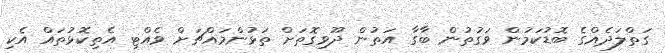
ގަތްލަދެއްގެ ބޮޑުކަމުން ވަގުތުން ބާގާ އަތުން ދޫވިގޮތަށް ތަޅުންމައްޗަށް ވެއްޓި އެތިކޮޅުތައް އެކި